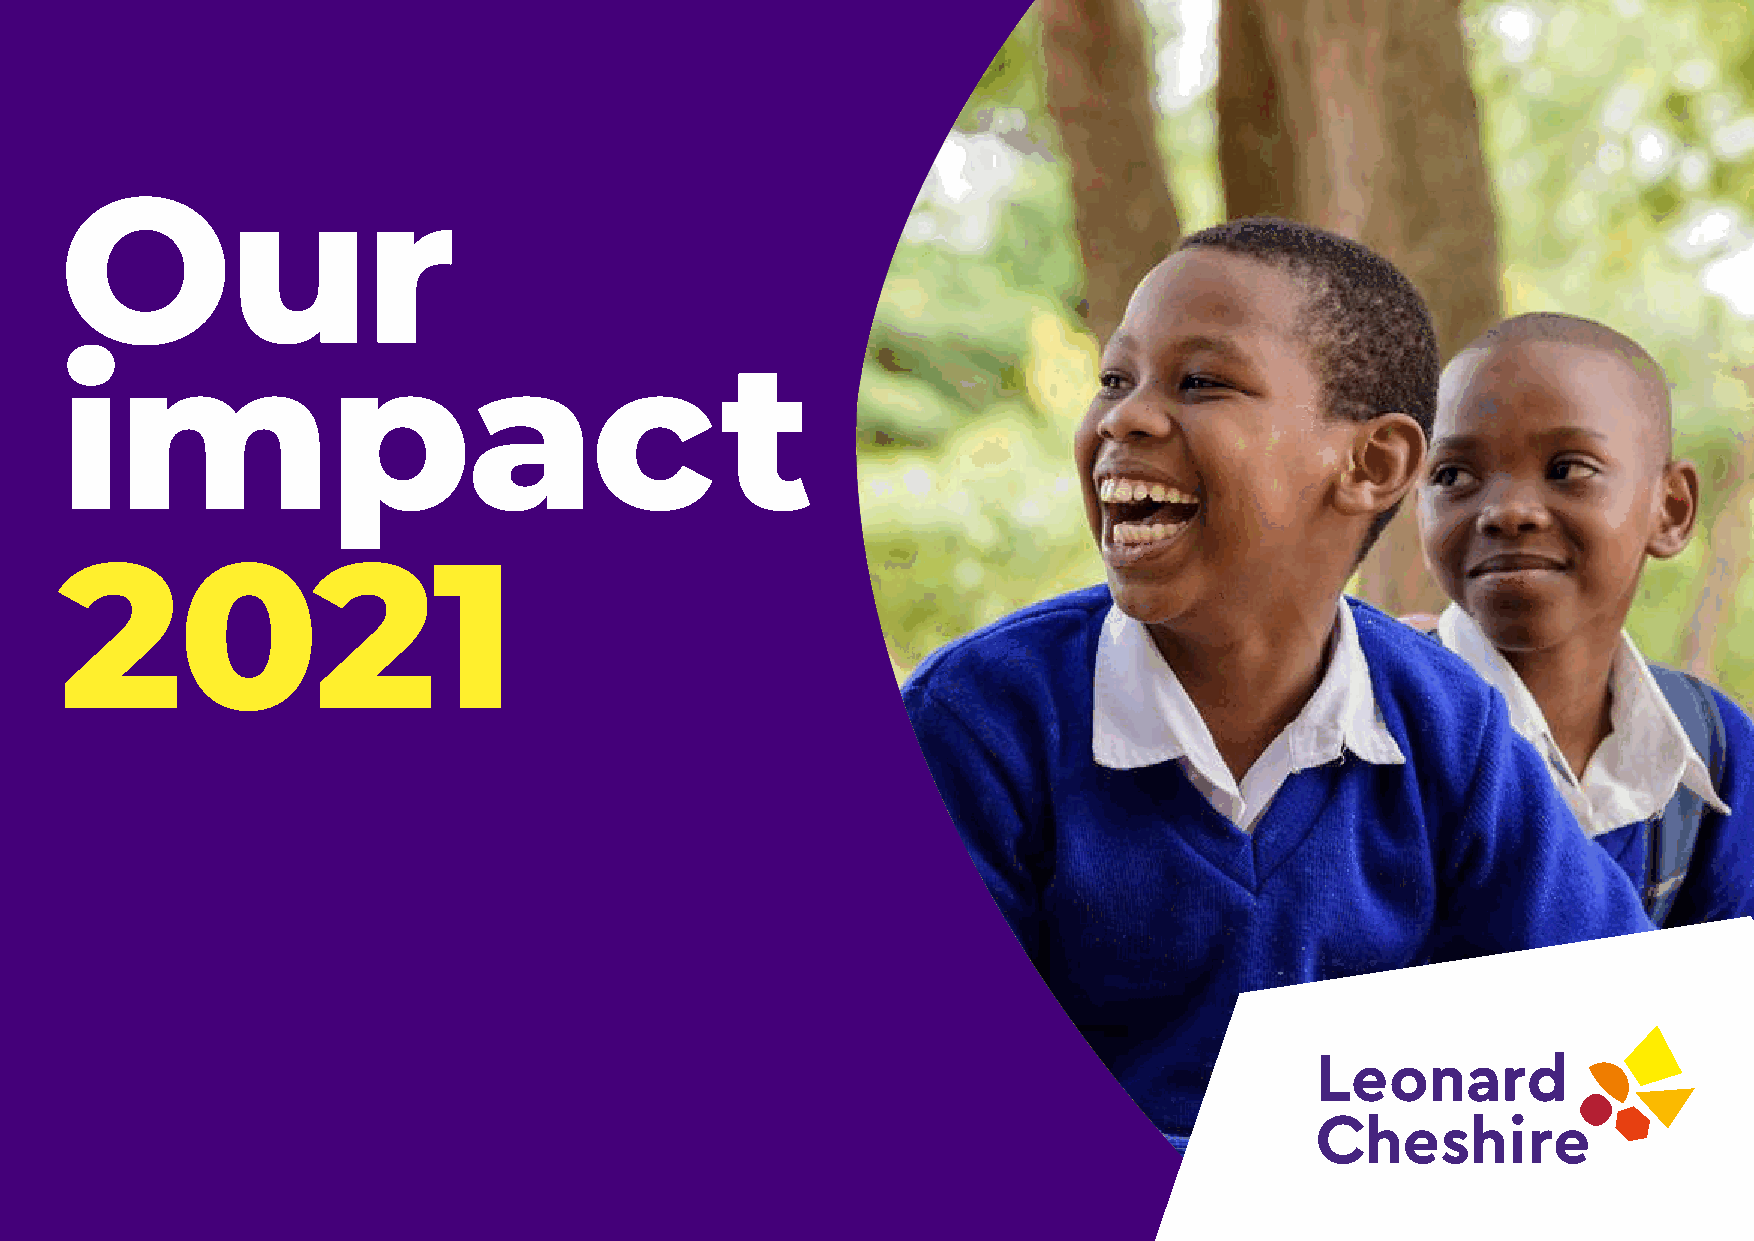
Our
 impac                                       t
 2021